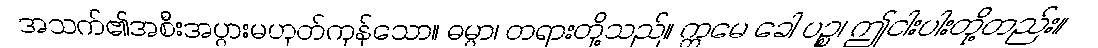
အသက်၏အစီးအပွားမဟုတ်ကုန်သော။ ဓမ္မာ၊ တရားတို့သည်။ ဣမေ ခေါ ပဉ္စ၊ ဤငါးပါးတို့တည်း။